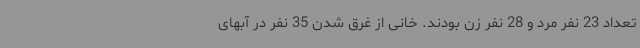
تعداد 23 نفر مرد و 28 نفر زن بودند. خانی از غرق شدن 35 نفر در آبهای